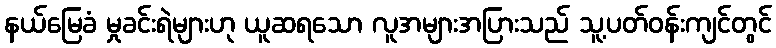
နယ်မြေခံ မှုခင်းရဲများဟု ယူဆရသော လူအများအပြားသည် သူ့ပတ်ဝန်းကျင်တွင်